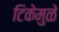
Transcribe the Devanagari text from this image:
टिकेमुळे